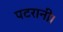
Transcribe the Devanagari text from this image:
पटरानी।